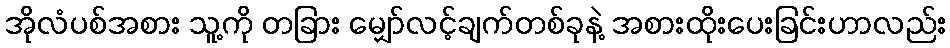
အိုလံပစ်အစား သူ့ကို တခြား မျှော်လင့်ချက်တစ်ခုနဲ့ အစားထိုးပေးခြင်းဟာလည်း